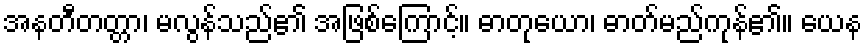
အနတီတတ္တာ၊ မလွန်သည်၏ အဖြစ်ကြောင့်။ ဓာတုယော၊ ဓာတ်မည်ကုန်၏။ ယေန